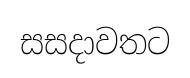
සසදාවතට